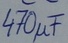
Text: 470µF